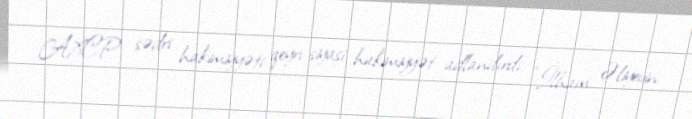
AXCP sədri hakimiyyəti qeyri-siyasi hakimiyyət adlandırdı: “İlham Əliyevin